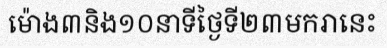
ម៉ោង៣និង១០នាទីថ្ងៃទី២៣មករានេះ